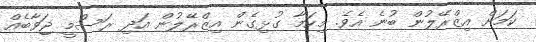
ކަމަށް އިޒްރޭލުން ބުނެ އެވެ. މިކަމާ ގުޅިގެން އިޒްރޭލުން އަދި ރަސްމީ ޖަވާބެއް